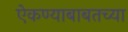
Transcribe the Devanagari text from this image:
ऐकण्याबाबतच्या